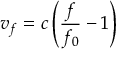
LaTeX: v _ { f } = c \left( { \frac { f } { f _ { 0 } } } - 1 \right)